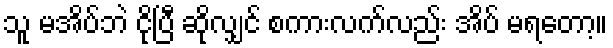
သူ မအိပ်ဘဲ ငိုပြီ ဆိုလျှင် စကားလက်လည်း အိပ် မရတော့။